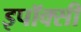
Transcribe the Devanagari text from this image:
इपॉक्सी